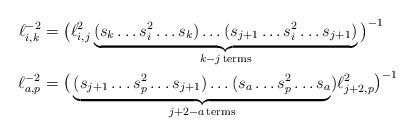
LaTeX: \begin{align*}\ell_{i,k}^{-2}&= \big(\ell_{i,j}^{2}\underbrace{(s_{k}\hdots s^{2}_{i}\hdots s_{k})\hdots (s_{j+1}\hdots s^{2}_{i}\hdots s_{j+1})}_{k-j\,\mbox{\scriptsize terms}} \big)^{-1} \\\ell_{a,p}^{-2} &=\big(\underbrace{(s_{j+1}\hdots s^{2}_{p}\hdots s_{j+1})\hdots (s_{a}\hdots s^{2}_{p}\hdots s_{a}}_{j+2-a\,\mbox{\scriptsize terms}} )\ell_{j+2,p}^{2}\big)^{-1} \end{align*}